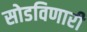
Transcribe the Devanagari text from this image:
सोडविणारी